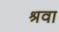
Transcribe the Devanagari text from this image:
श्रवा